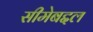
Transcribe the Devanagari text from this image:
सीमेबद्दल